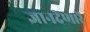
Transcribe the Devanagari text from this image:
ज्ञानदेणारें